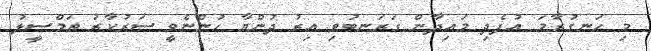
މި ހަނގުރާމަ އުފެދި މައިދާން ގަރަނބުވި އިރު ދުންޔާ ހުންނެވީ ސަރުކާރު ތަމްސީލު